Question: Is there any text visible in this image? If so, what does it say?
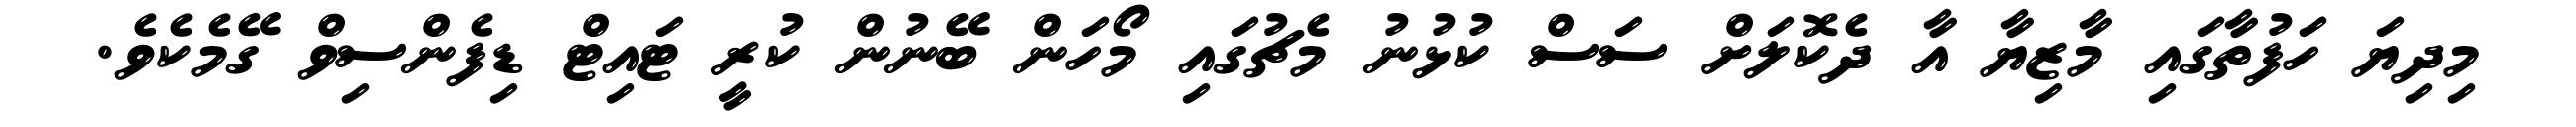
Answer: މިދިޔަ ހަފުތާގައި މާޒިޔާ އާ ދެކޮލަށް ސަސް ކުޅުނު މެޗުގައި މޯހަން ބޭނުން ކުރީ ޓައިޓް ޑިފެންސިވް ގޭމެކެވެ.